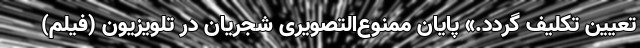
تعیین تکلیف گردد.» پایان ممنوع‌التصویری شجریان در تلویزیون (فیلم)